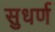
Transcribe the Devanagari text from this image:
सुधर्ण